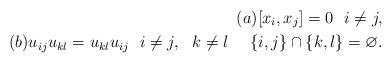
LaTeX: \begin{align*} (a) [x_i,x_j]=0 \ \ i \not= j,\\(b) u_{ij} u_{kl}=u_{kl} u_{ij} \ \ i \not=j, \ \ k \not= l \ \ \ \ \{i,j \} \cap \{k,l \}=\varnothing.\end{align*}